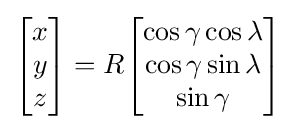
{\begin{bmatrix}x\\y\\z\end{bmatrix}}=R{\begin{bmatrix}\cos \gamma \cos \lambda \\\cos \gamma \sin \lambda \\\sin \gamma \end{bmatrix}}\,\!